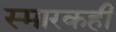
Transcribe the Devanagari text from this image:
स्मारकही